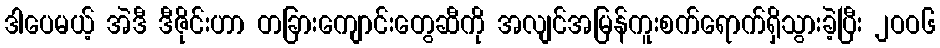
ဒါပေမယ့် အဲဒီ ဒီဇိုင်းဟာ တခြားကျောင်းတွေဆီကို အလျင်အမြန်ကူးစက်ရောက်ရှိသွားခဲ့ပြီး ၂ဝဝ၆